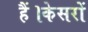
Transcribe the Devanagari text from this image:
हैं।केसरों